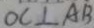
O C \bot A B